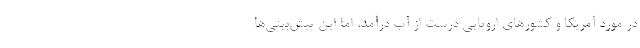
در مورد آمریکا و کشورهای اروپایی درست از آب درآمد، اما این پیش‌بینی‌ها